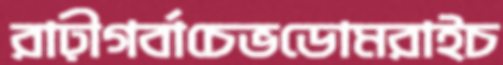
রাঢ়ীগর্বাচেভডোমরাইচ